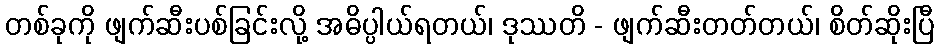
တစ်ခုကို ဖျက်ဆီးပစ်ခြင်းလို့ အဓိပ္ပါယ်ရတယ်၊ ဒုဿတိ - ဖျက်ဆီးတတ်တယ်၊ စိတ်ဆိုးပြီ